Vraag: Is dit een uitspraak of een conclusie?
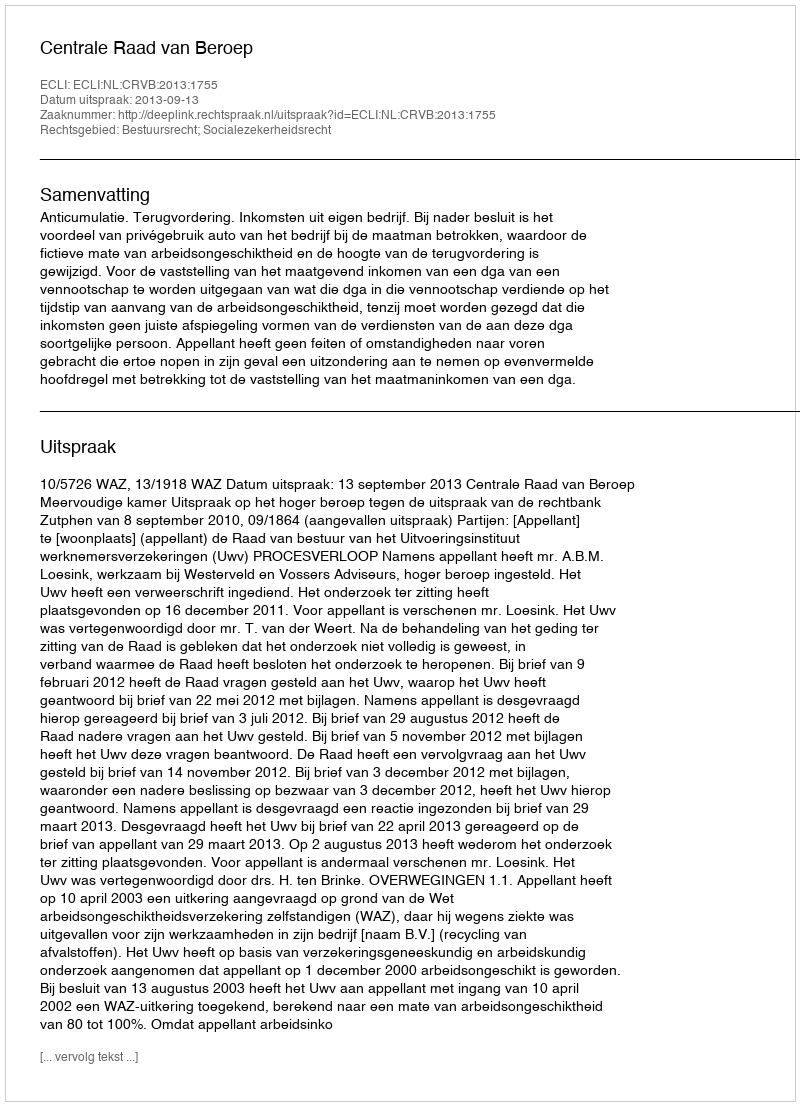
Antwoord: Uitspraak